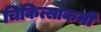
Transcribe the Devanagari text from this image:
चिकित्साकर्मी